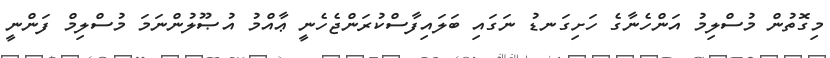
މިގޮތުން މުސްލިމު އަންހެނާގެ ހަށިގަނޑު ނަގައި ބަލައިފާސްކުރަންޖެހެނީ ޢާއްމު އުޞޫލުންނަމަ މުސްލިމް ފަންނީ